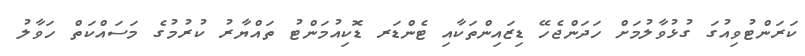
ކަރަންޓުވިއުގަ ގުޅުވާލުމަށް ހަދަންޖެހޭ ޑިޒައިންތަކާއި ޓެންޑަރ ޑޮކިއުމަންޓު ތައްޔާރު ކުރުމުގެ މަސައްކަތް ހަވާލު